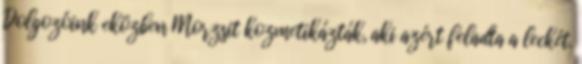
Dolgozóink eközben Morzsit kozmetikázták, aki azért feladta a leckét.